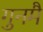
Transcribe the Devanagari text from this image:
गुनमैं